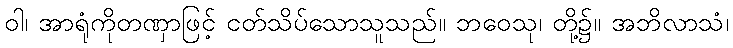
ဝါ၊ အာရုံကိုတဏှာဖြင့် ငတ်သိပ်သောသူသည်။ ဘဝေသု၊ တို့၌။ အဘိလာသံ၊